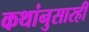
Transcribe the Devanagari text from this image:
कथांनुसारही